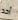
أحد